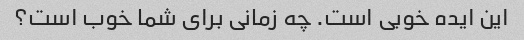
این ایده خوبی است. چه زمانی برای شما خوب است؟